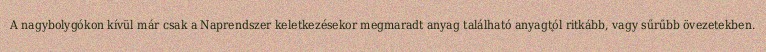
A nagybolygókon kívül már csak a Naprendszer keletkezésekor megmaradt anyag található anyagtól ritkább, vagy sűrűbb övezetekben.